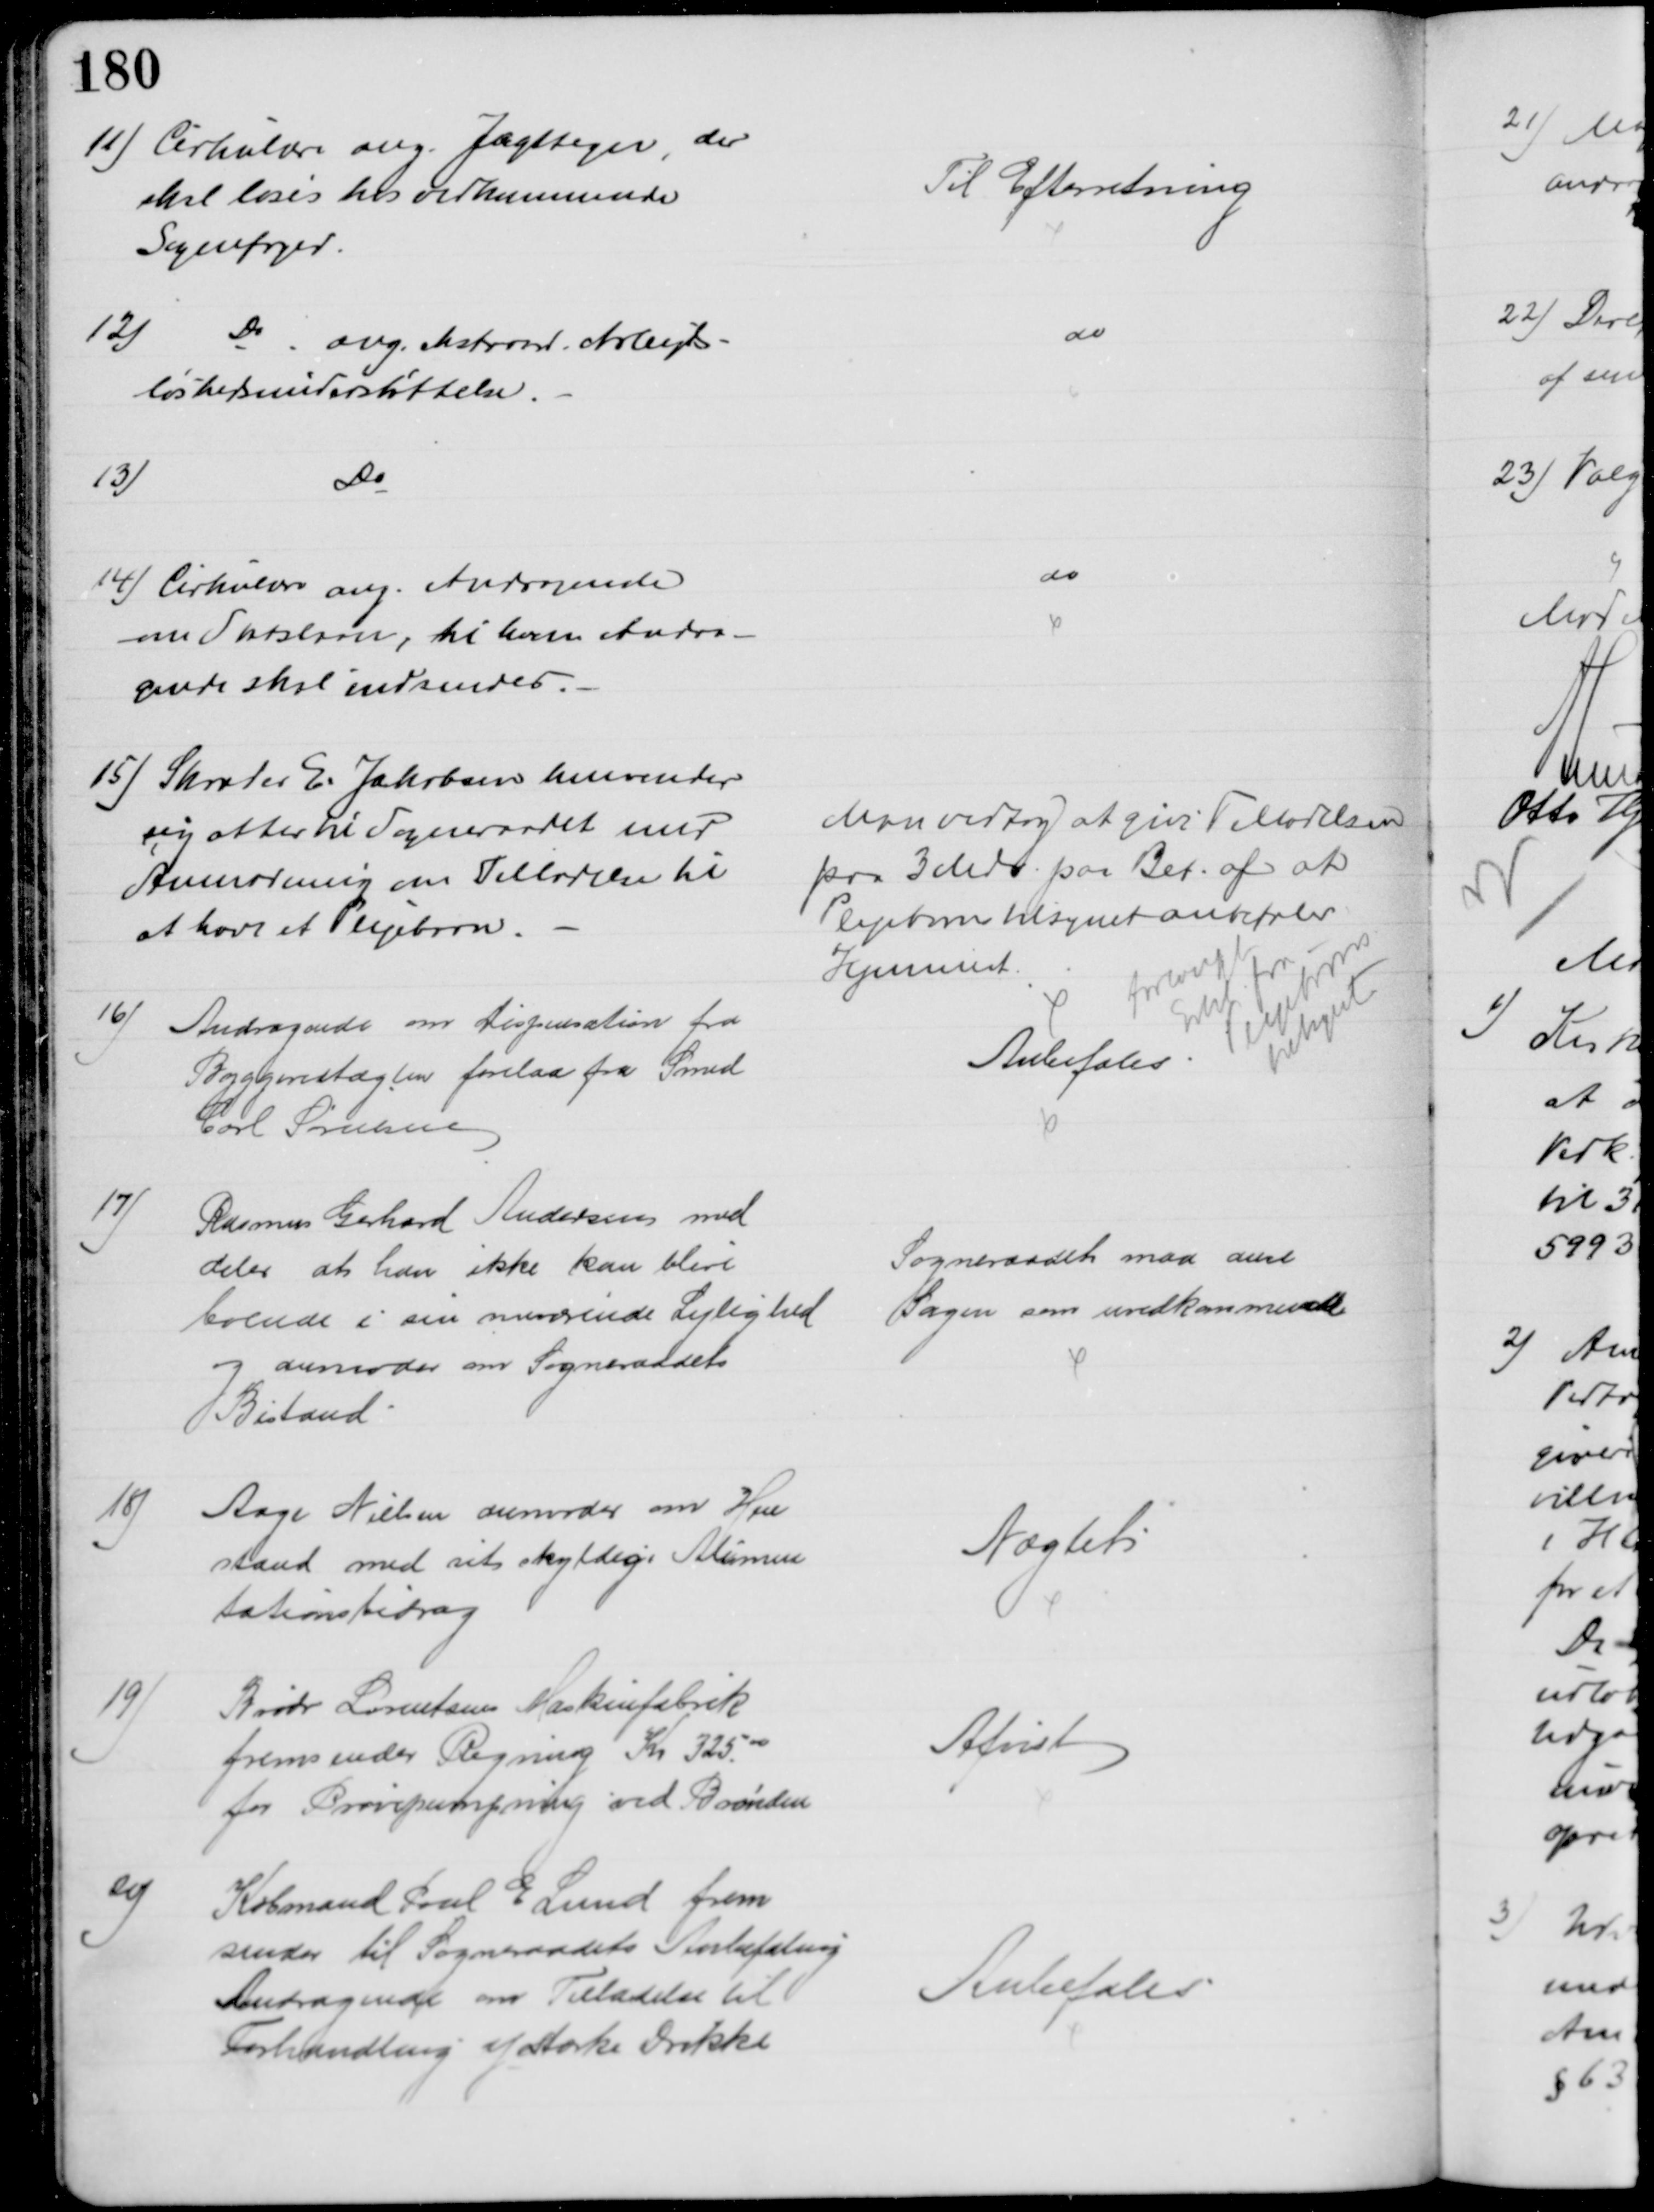
Transskription:
11) Cirkulære ang. Jagttegn, der
skal løses hos vedkommende 
Sognefoged.
Til Efterretning
12)
Do ang. ekstraord. Arbejds-
løshedsunderstøttelse.
do
13)
Do
4) Cirkulære ang. Andragende
om Statslaan, til hvem Andra-
gende skal indsendes.
do
15) Skræder E. Jakobsen henvender
sig atter til Sogneraadet med
Anmodning om Tilladelse til
at have et Plejebarn.
Man vedtog at give Tilladelsen
paa 3 Mdr. paa Bet. af at
Plejebarntilsynet anbefaler
Hjemmet.
forlangt
Erkl. fra
Plejebørns
tilsynet
16)
Andragende om Dispensation fra
Byggevedtægten forelaa fra Smed
Carl Sørensen
Anbefales
17)
Rasmus Gerhard Andersens med
deler at han ikke kan blive
boende i sin nuværende Lejlighed 
og anmoder om Sogneraadets
Bistand
Sogneraadet maa anse
Sagen som uvedkommende
18)
Aage Nielsen anmoder om Hen
stand med sit skyldige Alimen
tationsbidrag
Nægtet
19)
Brødr Lorentsens Maskinfabrik
fremsender Regning Kr 325.00
for Prøvepumpning ved Brønden
Afvist
20)
Købmand Poul E. Lund frem
sender til Sogneraadets Anbefaling
Andragende om Tilladelse til
Forhandling af stærke Drikke
Anbefales